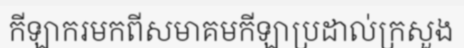
កីឡាករមកពីសមាគមកីឡាប្រដាល់ក្រសួង